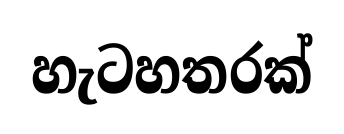
හැටහතරක්